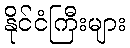
နိုင်ငံကြီးများ